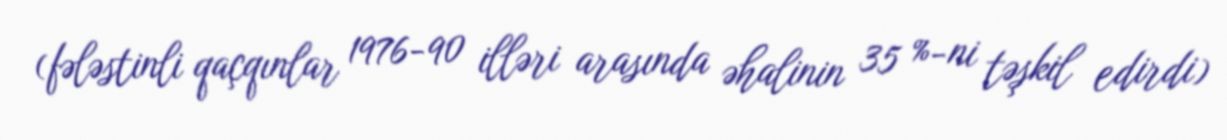
(fələstinli qaçqınlar 1976-90 illəri arasında əhalinin 35 %-ni təşkil edirdi)